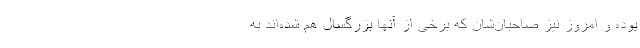
بوده و امروز نیز صاحبان‌شان که برخی از آنها بزرگسال هم شده‌اند به